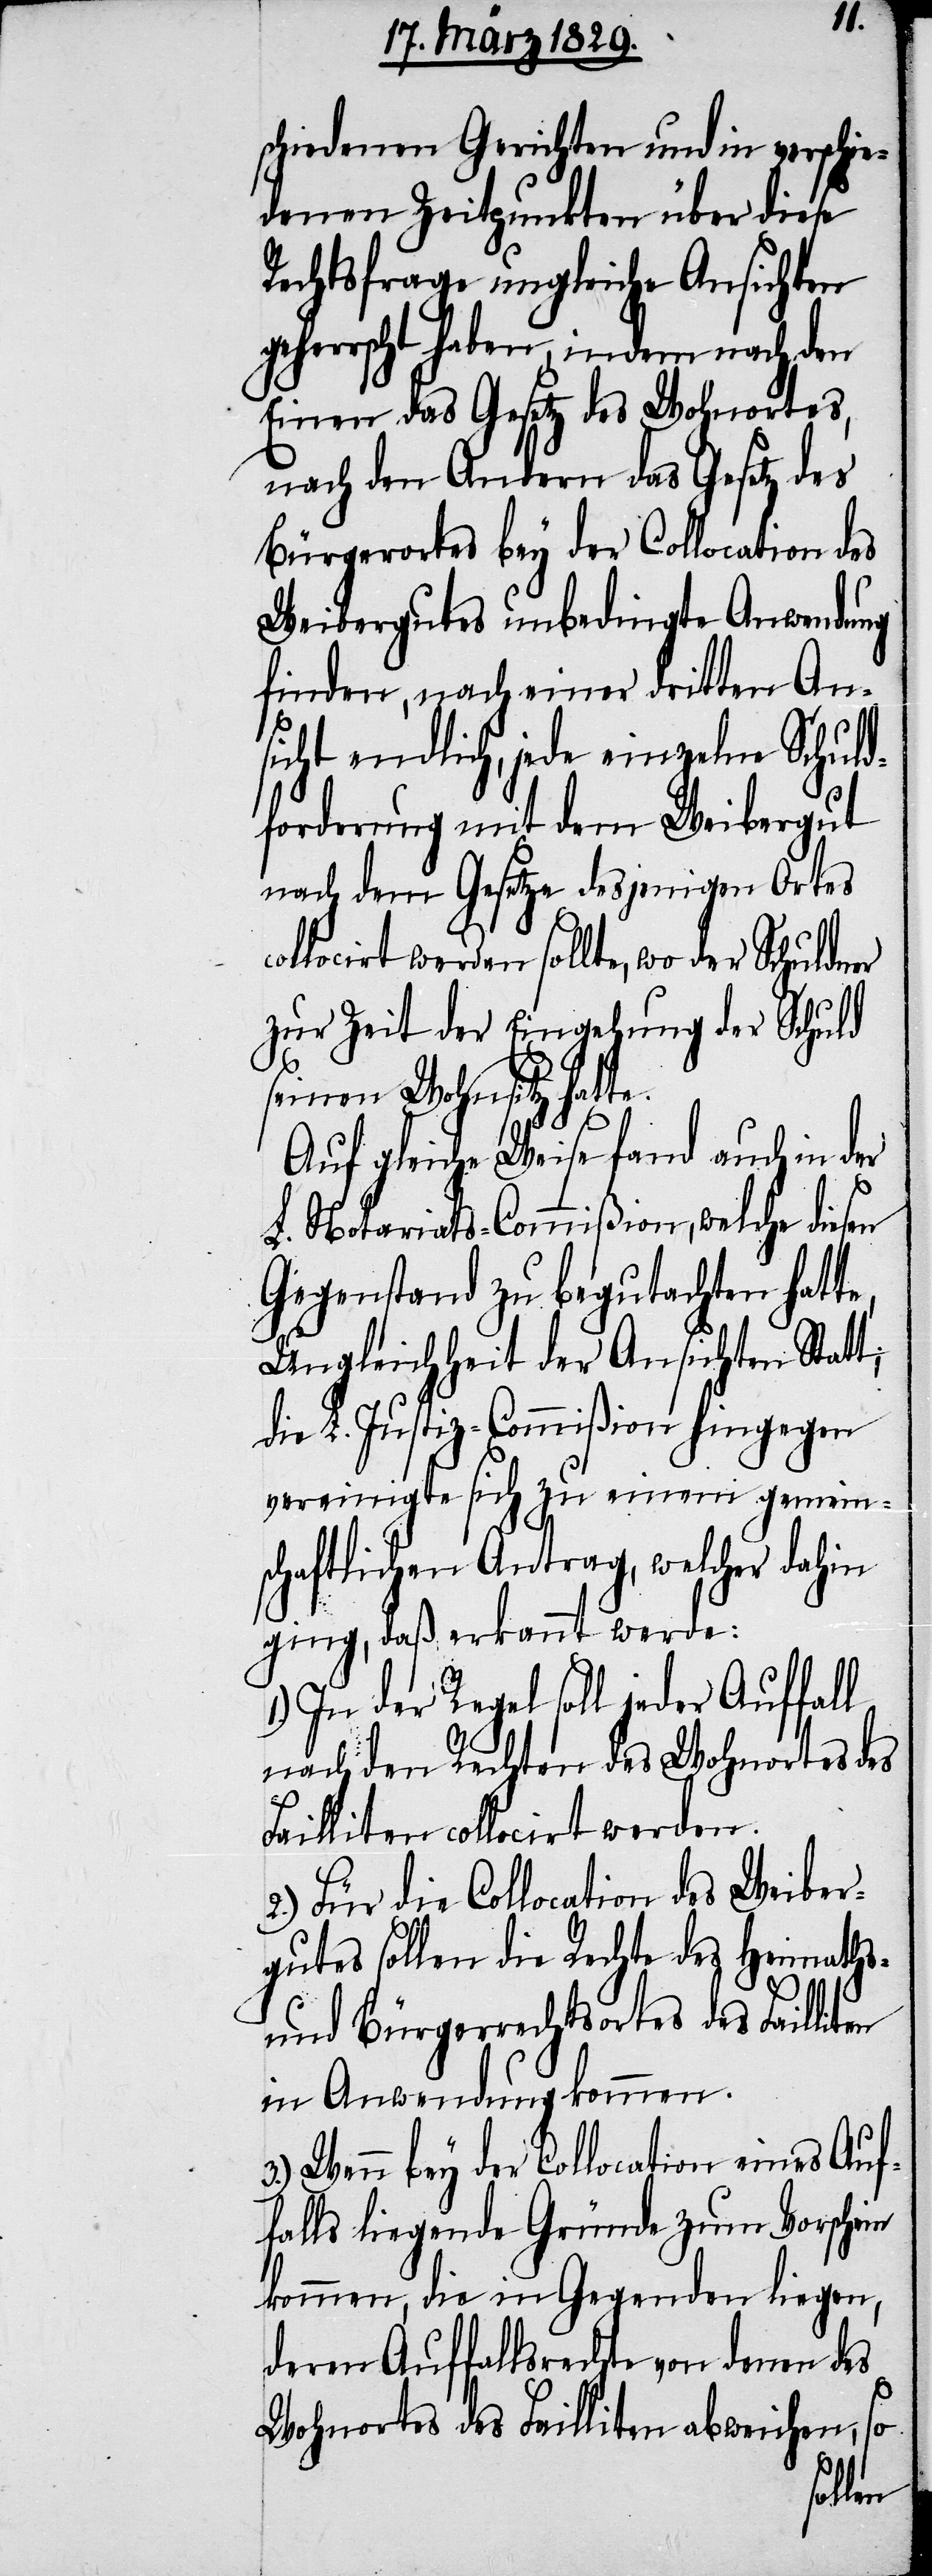
ten
schiedenen Gerichten und in verschi¬
edenen Zeitpunkten über diese
Rechtsfrage ungleiche Ansichten
geherrscht haben, indem nach den
Einen das Gesetz des Wohnortes,
nach den Andern das Gesetz des
Bürgerortes bey der Collocation des
Weibergutes unbedingte Anwendung
finden, nach einer dritten An¬
sicht endlich, jede einzelne Schuld¬
forderung mit dem Weibergut
nach dem Gesetze desjenigen Ortes
collocirt werden sollte, wo der Schuld¬
zur Zeit der Eingehung der Schuld
seinen Wohnsitz hatte.
Auf gleiche Weise fand auch in
L. Notariats-Commißion, welche diesen
Gegenstand zu begutachten
Ungleichheit der Ansichten Stat¬
die L. Justiz-Commißion hingegen
vereinigte sich zu einem gemein¬
schaftlichen Antrag, welcher dahin
ging, daß erkannt werde:
1.) In der Regel soll jeder Auffal¬
l nach den Rechten des Wohnortes
Failliten collocirt werden.
2.) Für die Collocation des Weiber¬
gutes sollen die Rechte des Heimaths-
und Bürgerrechtsortes des Failli¬
in Anwendung kommen.
3.) Wenn bey der Collocation eines Auf¬
falls liegende Gründe zum Vorschein
kommen, die in Gegenden liegen,
deren Auffallsrechte von denen des
Wohnortes des Failliten abweichen, so